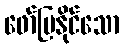
ဖော်ပြနိုင်သော